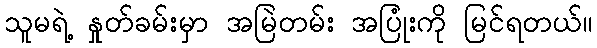
သူမရဲ့ နှုတ်ခမ်းမှာ အမြဲတမ်း အပြုံးကို မြင်ရတယ်။